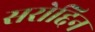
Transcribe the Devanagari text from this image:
सरोद्दिन